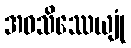
အဝသိဿေယျုံ